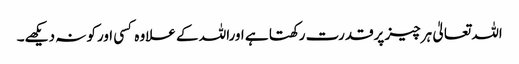
اللہ تعالیٰ ہرچیز پرقدرت رکھتا ہے اوراللہ کے علاوہ کسی اورکو نہ دیکھے۔